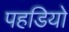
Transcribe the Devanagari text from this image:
पहडियो